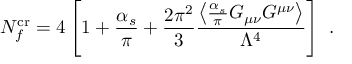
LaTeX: N _ { f } ^ { \mathrm { c r } } = 4 \left[ 1 + \frac { \alpha _ { s } } { \pi } + \frac { 2 \pi ^ { 2 } } { 3 } \frac { \left\langle \frac { \alpha _ { s } } { \pi } G _ { \mu \nu } G ^ { \mu \nu } \right\rangle } { \Lambda ^ { 4 } } \right] \ .